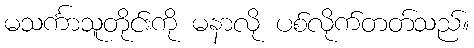
မသင်္ကာသူတိုင်းကို မနာလို ပစ်လိုက်တတ်သည်။